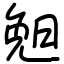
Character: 𣆶